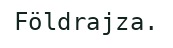
Földrajza.